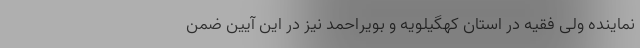
نماینده ولی فقیه در استان کهگیلویه و بویراحمد نیز در این آیین ضمن